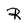
Character: R